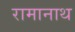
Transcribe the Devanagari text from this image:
रामानाथ